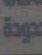
Ep